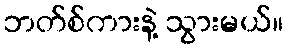
ဘတ်စ်ကားနဲ့ သွားမယ်။